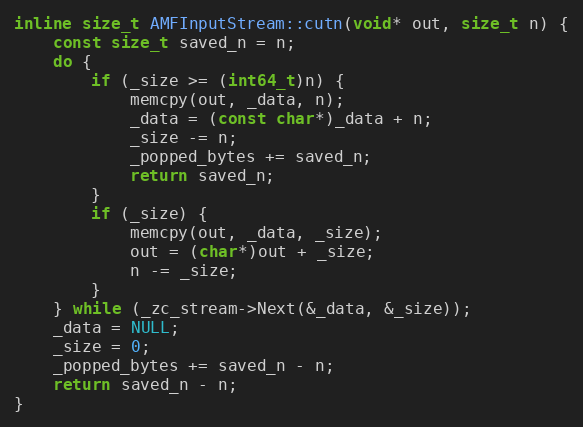
Language: C
inline size_t AMFInputStream::cutn(void* out, size_t n) {
    const size_t saved_n = n;
    do {
        if (_size >= (int64_t)n) {
            memcpy(out, _data, n);
            _data = (const char*)_data + n;
            _size -= n;
            _popped_bytes += saved_n;
            return saved_n;
        }
        if (_size) {
            memcpy(out, _data, _size);
            out = (char*)out + _size;
            n -= _size;
        }
    } while (_zc_stream->Next(&_data, &_size));
    _data = NULL;
    _size = 0;
    _popped_bytes += saved_n - n;
    return saved_n - n;
}